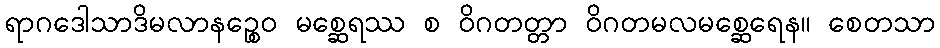
ရာဂဒေါသာဒိမလာနဉ္စေဝ မစ္ဆေရဿ စ ဝိဂတတ္တာ ဝိဂတမလမစ္ဆေရေန။ စေတသာ